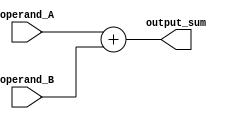
// Basic Adder. MIPS CPU
// Nicolas Rodriguez
// Nov 13, 2020

module adder (operand_A, operand_B, output_sum);

// i/o
input wire [31:0] operand_A;
input wire [31:0] operand_B;

output reg [31:0] output_sum;

// logic
always @ ( * ) begin
  output_sum <= operand_A + operand_B;
end

endmodule // adder